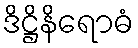
ဒိဋ္ဌိနိရောဓံ